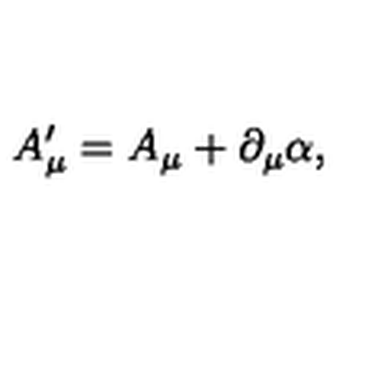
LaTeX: A _ { \mu } ^ { \prime } = A _ { \mu } + \partial _ { \mu } \alpha ,